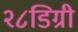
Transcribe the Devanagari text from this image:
२८डिग्री